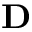
\bf D